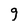
Character: g